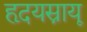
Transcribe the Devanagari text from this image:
हृदयस्नायू